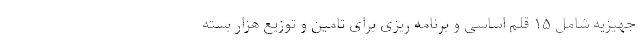
جهیزیه شامل ۱۵ قلم اساسی و برنامه ریزی برای تامین و توزیع هزار بسته